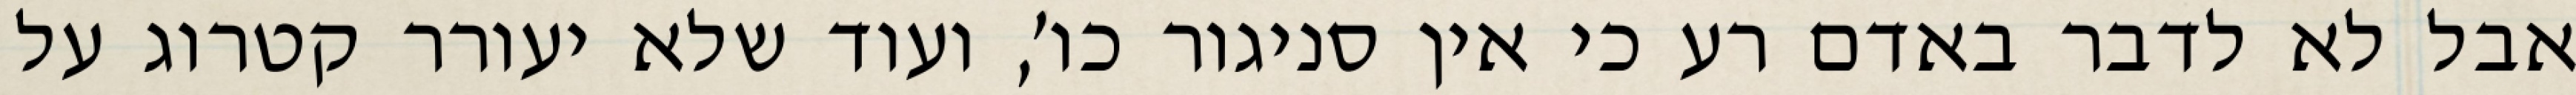
אבל לא לדבר באדם רע כי אין סניגור כו׳, ועוד שלא יעורר קטרוג על